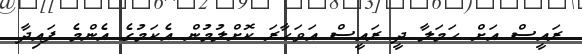
ރައީސް އަށް ހަމަލާ ދީ ރައީސް އަވަހާރަ ކޮށްލުމުން އެކަމުގެ އެންމެ ފައިދާ